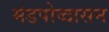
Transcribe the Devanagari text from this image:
मंडपोव्दासन